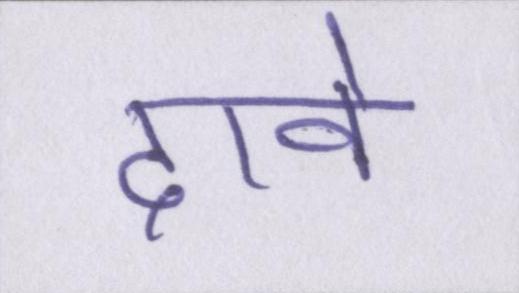
दावे